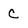
Character: C